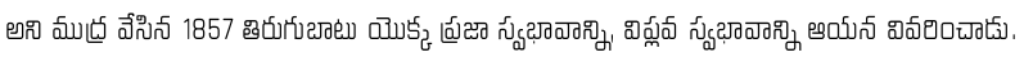
అని ముద్ర వేసిన 1857 తిరుగుబాటు యొక్క ప్రజా స్వభావాన్ని, విప్లవ స్వభావాన్ని ఆయన వివరించాడు.